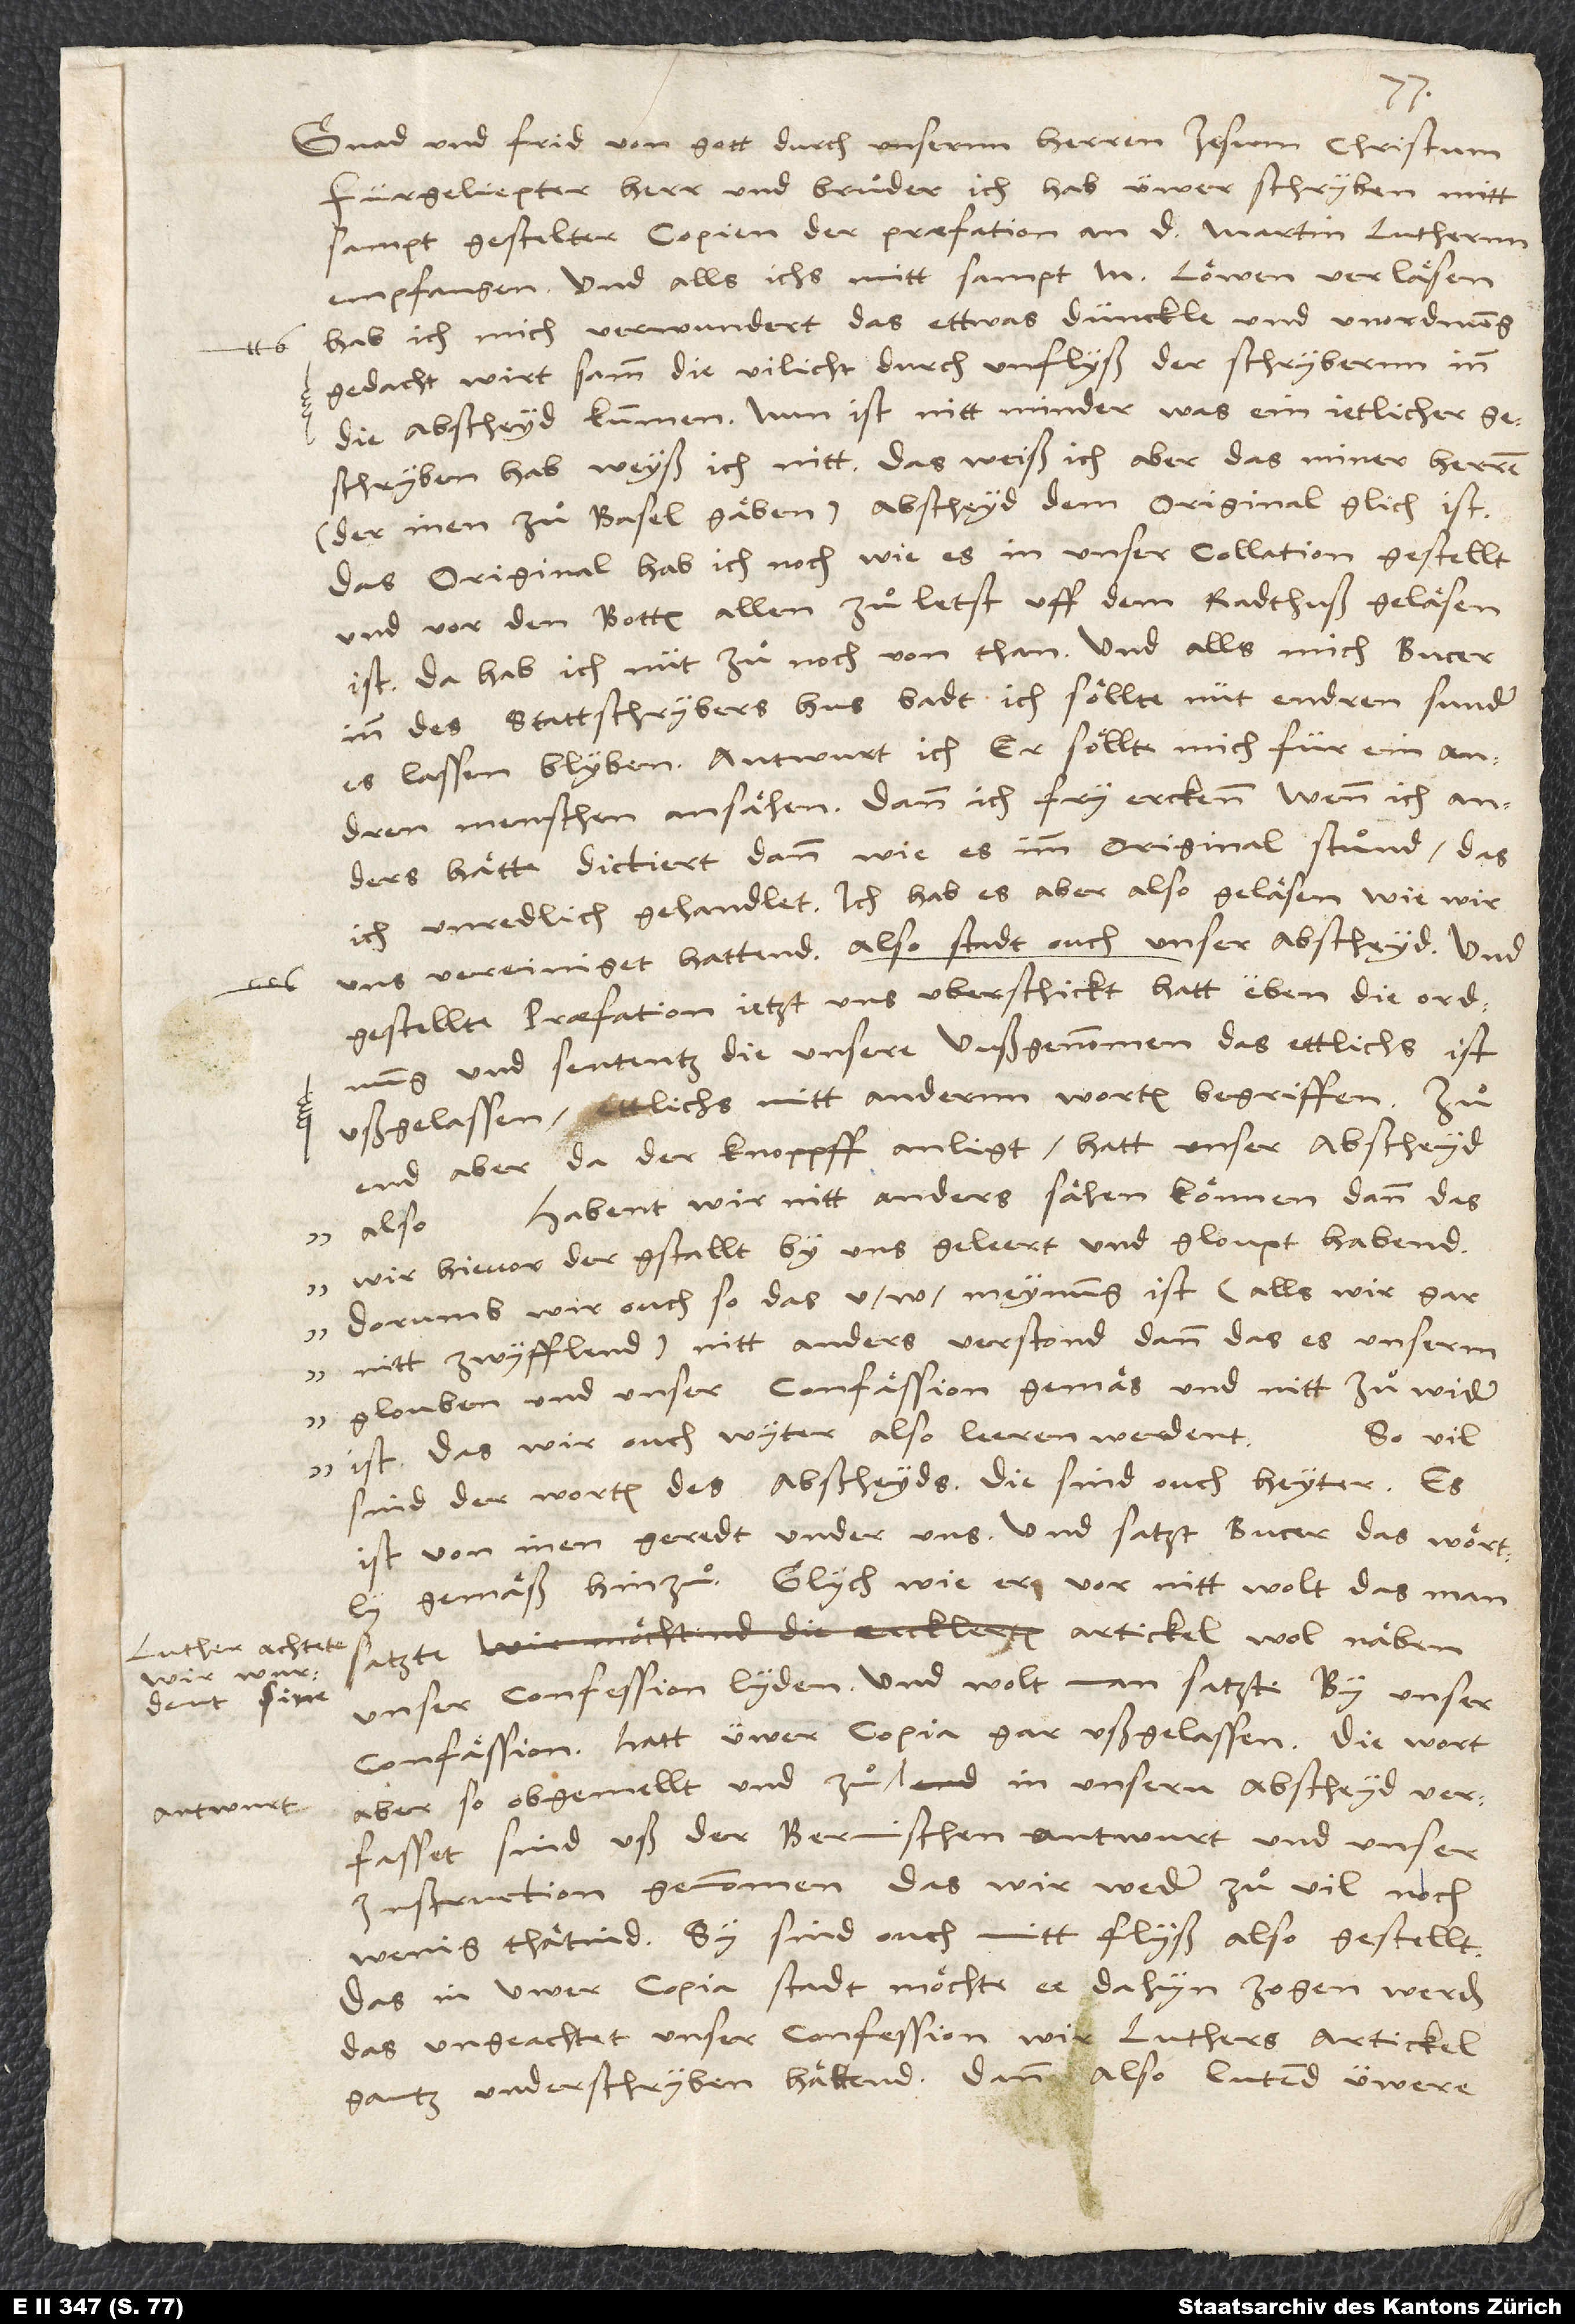
Gnad und frid von gott durch unsernn herren Jesum Christum.
Fürgeliepter herr und bruder, ich hab üwer schryben mitt
sampt gestelter copien der praefation an doctor Martin Luthernn
empfangen. Und alls ichs mitt sampt M. Löwen verläsen,
hab ich mich verwundert, das ettwas dunckle und unordnung
gedacht wirt, samm die vilicht durch unflyß der schrybernn inn
die abscheyd kummen. Nun ist nitt minder, was ein jetlicher
geschryben hab, weyß ich nitt. Das weiß ich aber, das miner herren
(der inen zu Basel gaben) abscheyd dem original glich ist.
Das original hab ich noch, wie es in unser collation gestellt
und vor den botten alien zuletst uff dem radthuß geläsen
ist. Da hab ich nüt zu noch von than. Und alls mich Bucer
inn des statt-schrybers hus badt, ich sollte nut endren, sunder
es lassen blyben, antwurt ich, er söllte mich für ein andren
menschen ansähen. Dann ich fry erckenn, wenn ich anders
hätte dictiert, dann wie es imm original stund, das
ich unredlich gehandlet. Ich hab es aber also geläsen, wie wir
uns vereiniget hattend. Also stadt ouch unser abscheyd. Und
gestellte praefation, jetzt uns uberschickt, hatt eben die ordnung
und sententz die unsere, uußgenommen, das ettlichs ist
ußgelassen, ettlichs mitt andernn worten begriffen. Zu
end aber, da der knoppff anligt, hatt unser abscheyd
"habend wir nitt anders sähen können, dann das
wir hievor der gstallt by uns geleert unnd gloupt,
nitt zwyfflend), nitt anders verstond, dann das es unserm
5.
glouben und unser confässion gemäs und nitt zuwider
So vil
ist, das wir ouch wyter also leeren werdent".
sind der worten des abscheyds; die sind ouch heyter. Es
ist von inen geredt under uns. Und satzt Bucer das wörtly
"gemäß" hinzu. Glych wie er vor nitt wolt, das man
artickel wol "näben
Luther achtete,
wir wurdent
unser confession" lyden, und wolt, man satzte "by unser
sine
confässion"; hat üwer copia gar ußgelassen. Die wort
aber, so obgemellt und zu antwurt in unsern abscheyd verfasset,
sind uß der bernischen antwurt und unser
instruction genommen, das wir weder zu vil noch
wenig thätind. Sy sind ouch mitt flyss also gestellt.
Das in üwer copia stadt, mochte ee dahin zogen werden,
das ungeachtet unser confession wir Luthers artickel
gantz underschryben hättend. Dann also lutend üwere